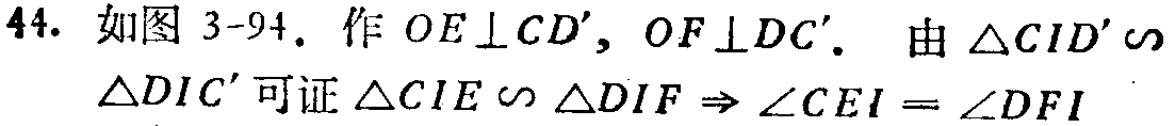
44. 如图 3-94. 作 \(OE\perp CD'\)，\(OF\perp DC'\). 由 \(\triangle CID'\sim\)
\(\triangle DIC'\) 可证 \(\triangle CIE\sim\triangle DIF\Rightarrow \angle CEI = \angle DFI\)